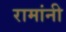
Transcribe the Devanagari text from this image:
रामांनी